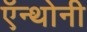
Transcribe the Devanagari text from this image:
ऍन्थोनी